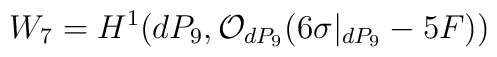
W_7 = H^{1}(dP_9, {\cal O}_{dP_9}(6 \sigma|_{dP_9} -5F))